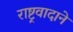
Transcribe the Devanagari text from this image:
राष्ट्रवादाने